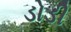
ડોડી